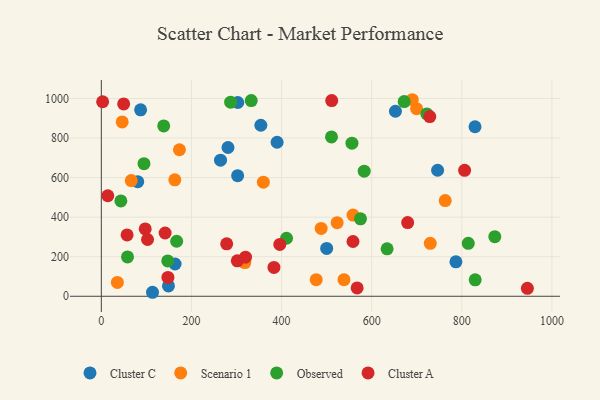
{"axis": {"x": "Experience", "y": "Demand"}, "legend": ["Cluster A", "Cluster C", "Observed", "Scenario 1"], "data": [{"x": "500.1", "y": 241.9, "type": "Cluster C"}, {"x": "786.9", "y": 174.3, "type": "Cluster C"}, {"x": "264.5", "y": 688.0, "type": "Cluster C"}, {"x": "163.7", "y": 163.1, "type": "Cluster C"}, {"x": "652.7", "y": 935.5, "type": "Cluster C"}, {"x": "746.3", "y": 637.2, "type": "Cluster C"}, {"x": "281.1", "y": 752.1, "type": "Cluster C"}, {"x": "829.3", "y": 857.1, "type": "Cluster C"}, {"x": "113.6", "y": 20.2, "type": "Cluster C"}, {"x": "87.2", "y": 942.6, "type": "Cluster C"}, {"x": "149.0", "y": 52.5, "type": "Cluster C"}, {"x": "354.0", "y": 864.6, "type": "Cluster C"}, {"x": "390.1", "y": 778.6, "type": "Cluster C"}, {"x": "302.9", "y": 979.7, "type": "Cluster C"}, {"x": "80.8", "y": 579.6, "type": "Cluster C"}, {"x": "302.5", "y": 609.8, "type": "Cluster C"}, {"x": "558.6", "y": 410.3, "type": "Scenario 1"}, {"x": "476.9", "y": 83.9, "type": "Scenario 1"}, {"x": "523.3", "y": 372.0, "type": "Scenario 1"}, {"x": "35.6", "y": 69.9, "type": "Scenario 1"}, {"x": "487.9", "y": 342.8, "type": "Scenario 1"}, {"x": "699.7", "y": 948.4, "type": "Scenario 1"}, {"x": "318.4", "y": 170.2, "type": "Scenario 1"}, {"x": "173.4", "y": 740.9, "type": "Scenario 1"}, {"x": "163.1", "y": 588.9, "type": "Scenario 1"}, {"x": "763.2", "y": 483.6, "type": "Scenario 1"}, {"x": "66.5", "y": 584.7, "type": "Scenario 1"}, {"x": "538.5", "y": 84.0, "type": "Scenario 1"}, {"x": "46.3", "y": 881.6, "type": "Scenario 1"}, {"x": "730.0", "y": 267.9, "type": "Scenario 1"}, {"x": "690.1", "y": 993.7, "type": "Scenario 1"}, {"x": "359.6", "y": 576.6, "type": "Scenario 1"}, {"x": "411.0", "y": 293.4, "type": "Observed"}, {"x": "873.2", "y": 301.1, "type": "Observed"}, {"x": "332.7", "y": 989.4, "type": "Observed"}, {"x": "814.3", "y": 267.8, "type": "Observed"}, {"x": "583.4", "y": 632.7, "type": "Observed"}, {"x": "672.1", "y": 984.2, "type": "Observed"}, {"x": "43.4", "y": 481.8, "type": "Observed"}, {"x": "138.5", "y": 861.0, "type": "Observed"}, {"x": "829.7", "y": 82.9, "type": "Observed"}, {"x": "722.3", "y": 922.0, "type": "Observed"}, {"x": "634.2", "y": 240.0, "type": "Observed"}, {"x": "287.0", "y": 981.3, "type": "Observed"}, {"x": "556.2", "y": 774.2, "type": "Observed"}, {"x": "147.4", "y": 178.5, "type": "Observed"}, {"x": "510.8", "y": 805.7, "type": "Observed"}, {"x": "58.1", "y": 198.8, "type": "Observed"}, {"x": "167.2", "y": 278.2, "type": "Observed"}, {"x": "575.2", "y": 391.8, "type": "Observed"}, {"x": "94.7", "y": 670.3, "type": "Observed"}, {"x": "567.7", "y": 42.4, "type": "Cluster A"}, {"x": "383.1", "y": 145.8, "type": "Cluster A"}, {"x": "278.2", "y": 265.4, "type": "Cluster A"}, {"x": "97.4", "y": 340.3, "type": "Cluster A"}, {"x": "2.9", "y": 983.5, "type": "Cluster A"}, {"x": "728.9", "y": 908.5, "type": "Cluster A"}, {"x": "147.8", "y": 95.2, "type": "Cluster A"}, {"x": "301.8", "y": 179.4, "type": "Cluster A"}, {"x": "320.0", "y": 197.9, "type": "Cluster A"}, {"x": "396.1", "y": 262.2, "type": "Cluster A"}, {"x": "511.3", "y": 989.4, "type": "Cluster A"}, {"x": "14.4", "y": 508.3, "type": "Cluster A"}, {"x": "945.5", "y": 40.0, "type": "Cluster A"}, {"x": "806.2", "y": 636.7, "type": "Cluster A"}, {"x": "49.6", "y": 972.3, "type": "Cluster A"}, {"x": "102.6", "y": 287.0, "type": "Cluster A"}, {"x": "679.8", "y": 372.4, "type": "Cluster A"}, {"x": "141.6", "y": 320.0, "type": "Cluster A"}, {"x": "558.5", "y": 276.9, "type": "Cluster A"}, {"x": "57.2", "y": 310.4, "type": "Cluster A"}]}